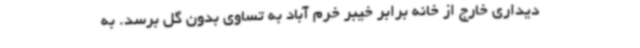
دیداری خارج از خانه برابر خیبر خرم آباد به تساوی بدون گل برسد. به